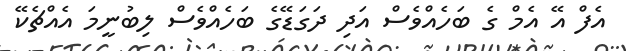
އެފް އޭ އެމް ގެ ބަހެއްވެސް އަދި ދަގަޑޭގެ ބަހެއްވެސް ލިބުނީމަ އެއްޗެކޭ